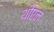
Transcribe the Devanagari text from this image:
थीएन